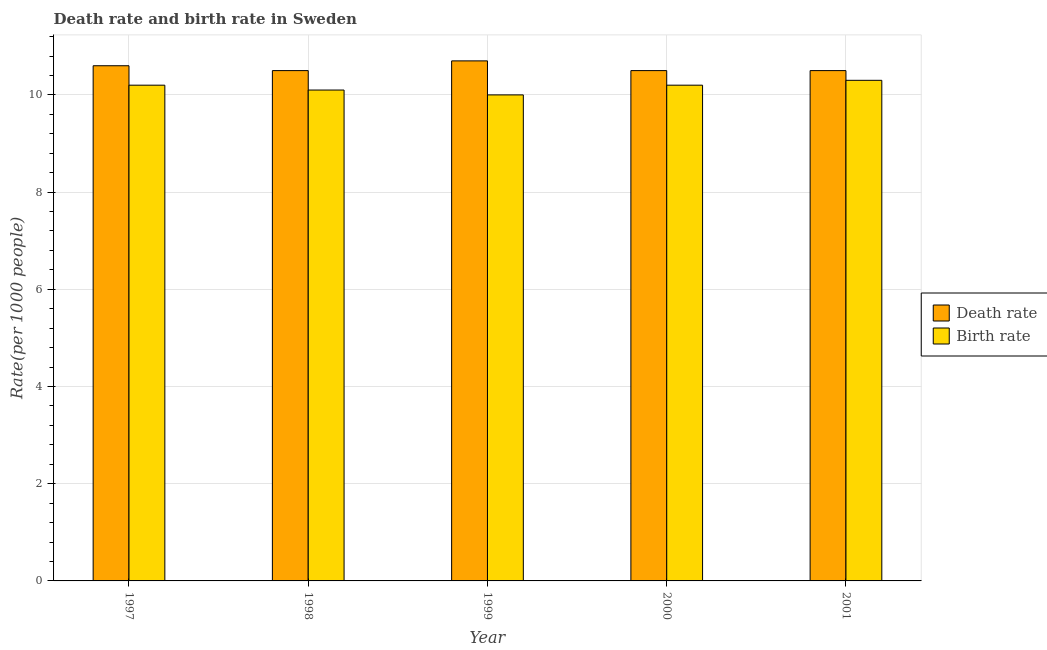
| Year | Death rate | Birth rate |
 | --- | --- | --- |
 | 1997 | 10.6 | 10.2 |
 | 1998 | 10.5 | 10.1 |
 | 1999 | 10.7 | 10 |
 | 2000 | 10.5 | 10.2 |
 | 2001 | 10.5 | 10.3 |